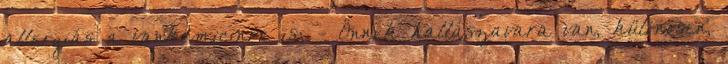
allergiás a vankomicinre is; - Önnek hallászavara van, különösen,